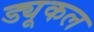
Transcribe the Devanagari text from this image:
ड्यूकल